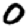
Digit: 0